Report on the bubonic plague in Bombay, 1896-1897
Year: 1896
Disease focus: Plague
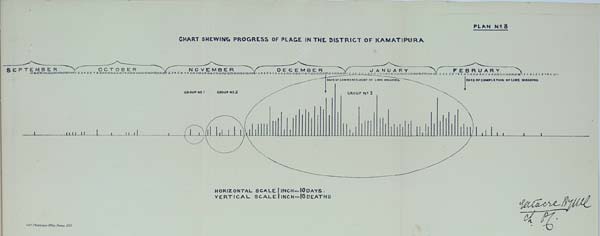
PLAN No. 8
CHART SHEWING PROGRESS OF PLAGE IN THE DISTRICT OF KAMATIPURA
HORIZONTAL SCALE 1 INCH = 10 DAYS.
VERTICAL SCALE 1 INCH = 10 DEATHS
Govt. Photozinco: Office, Poona, 1897.